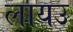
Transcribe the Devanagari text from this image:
लायउ